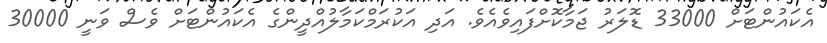
އެކައުންޓަށް 33000 ޑޮލަރު ޖަމާކޮށްފައިވެއެވެ. އަދި އަކުރަމްކަމާލުއްދީންގެ އެކައުންޓަށް ވެސް ވަނީ 30000